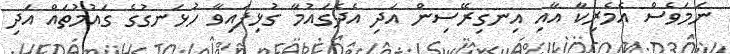
ނަމަވެސް އެމެރިކާ އާއި އިނގިރޭސިން އަދި އެދެގައުމާ ގުޅިފައިވާ ހުޅަނގުގެ ގައުމުތައް އަދި